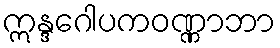
ဣန္ဒဂေါပကဝဏ္ဏာဘာ